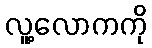
လူ့လောကကို